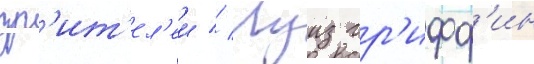
зр'ит'ел'еи // Луиз гр'ифф'ин